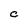
Character: C